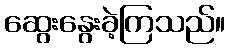
ဆွေးနွေးခဲ့ကြသည်။